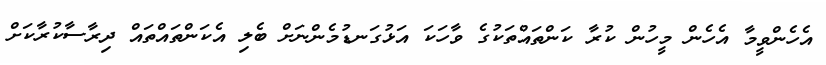
އެހެންވީމާ އެހެން މީހުން ކުރާ ކަންތައްތަކުގެ ވާހަކަ އަޅުގަނޑުމެންނަށް ބެލި އެކަންތައްތައް ދިރާސާކުރާކަށް